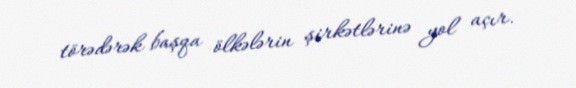
törədərək başqa ölkələrin şirkətlərinə yol açır.